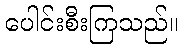
ပေါင်းစီးကြသည်။